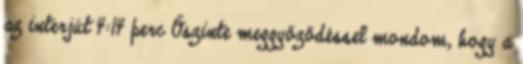
az interjút 4:14 perc Őszinte meggyőződéssel mondom, hogy a